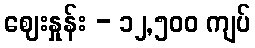
ဈေးနှုန်း - ၁၂,၅၀၀ ကျပ်